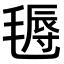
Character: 𣯋